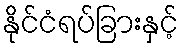
နိုင်ငံရပ်ခြားနှင့်